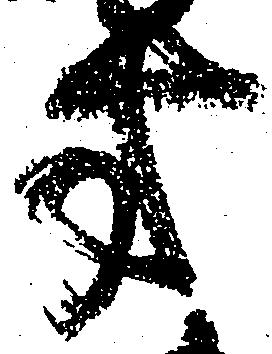
方